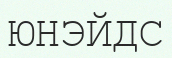
ЮНЭЙДС